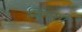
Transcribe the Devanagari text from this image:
जिंगशी